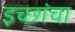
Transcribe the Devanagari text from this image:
इच्छांचा